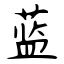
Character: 蓝